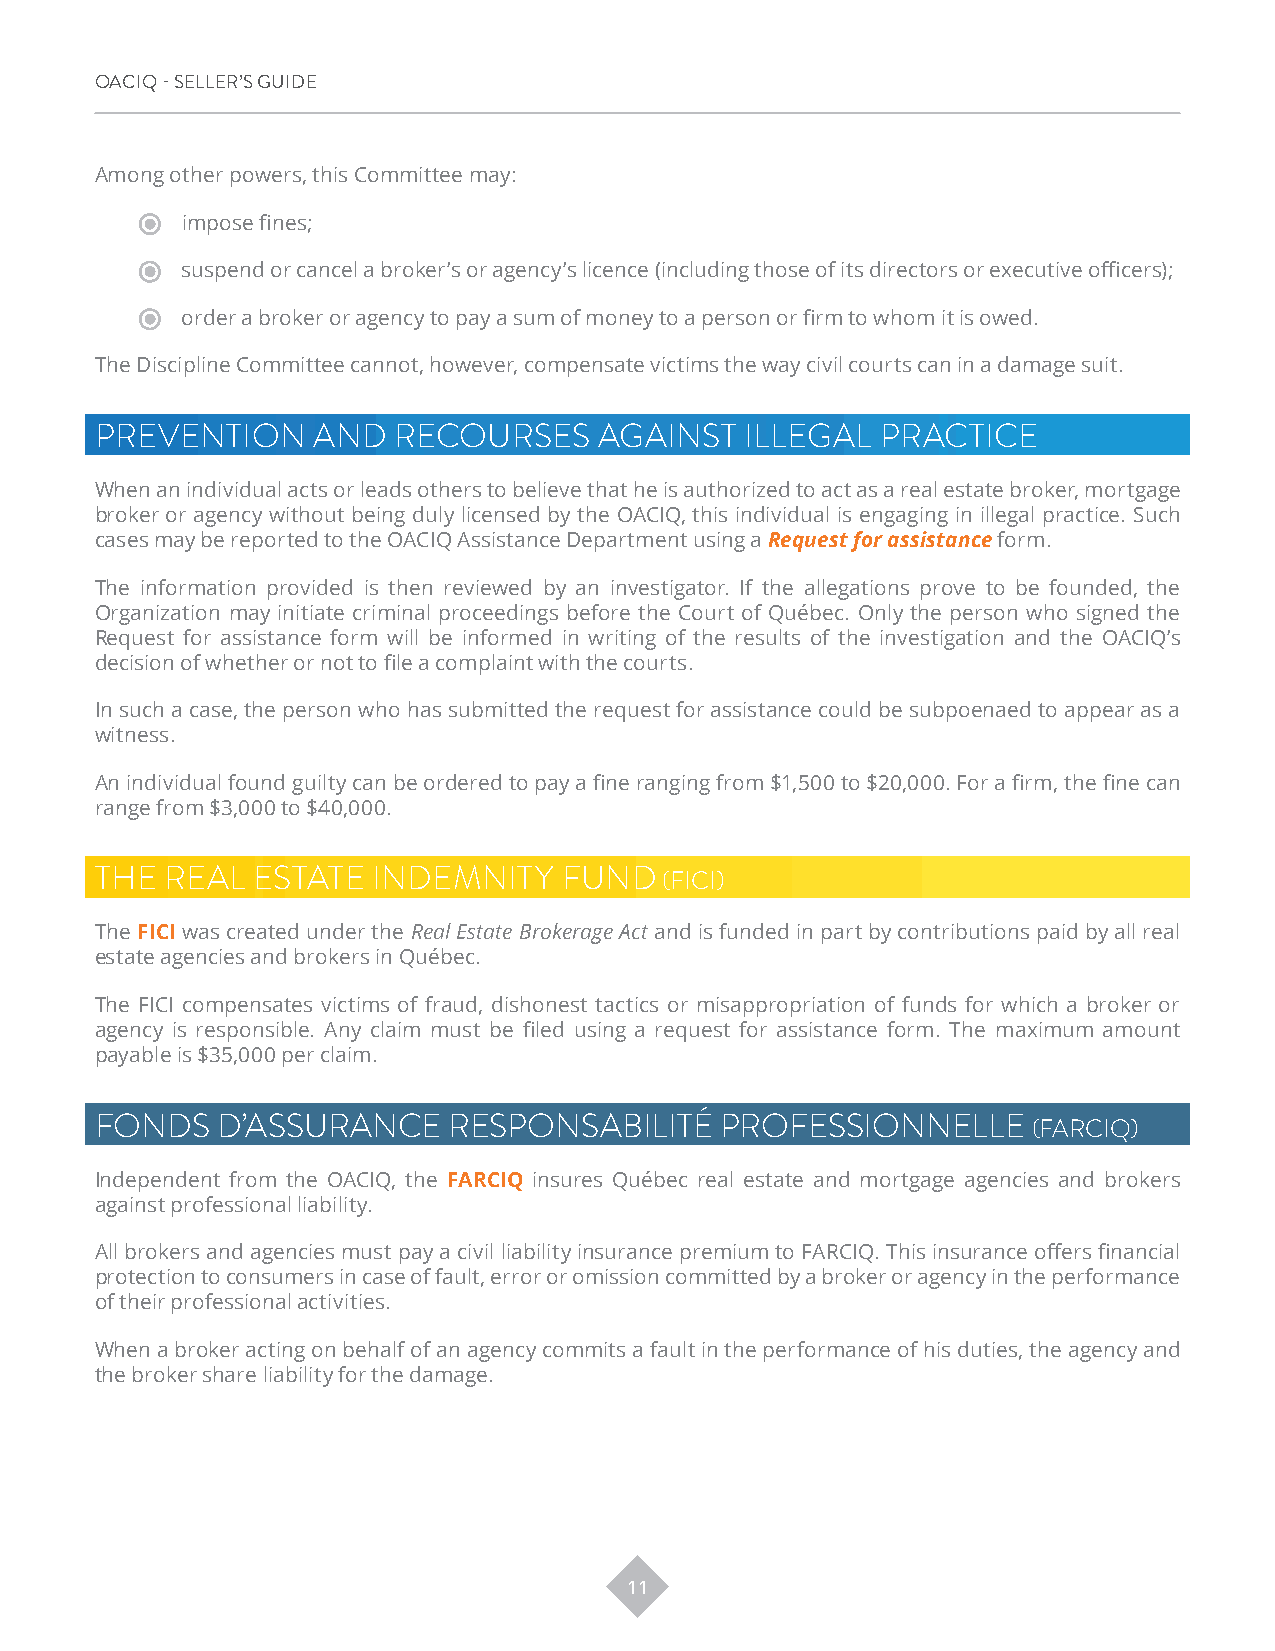
OACIQ - SELLER’S GUIDE
 Among other powers, this Committee may:
 impose fines;
 suspend or cancel a broker’s or agency’s licence (including those of its directors or executive officers);
 order a broker or agency to pay a sum of money to a person or firm to whom it is owed.
 The Discipline Committee cannot, however, compensate victims the way civil courts can in a damage suit.
 PREVENTION     AND  RECOURSES     AGAINST  ILLEGAL  PRACTICE
 When an individual acts or leads others to believe that he is authorized to act as a real estate broker, mortgage
 broker or agency without being duly licensed by the OACIQ, this individual is engaging in illegal practice. Such
 cases may be reported to the OACIQ Assistance Department using a Request for assistance form.
 The information provided is then reviewed by an investigator. If the allegations prove to be founded, the
 Organization may initiate criminal proceedings before the Court of Québec. Only the person who signed the
 Request for assistance form will be informed in writing of the results of the investigation and the OACIQ’s
 decision of whether or not to file a complaint with the courts.
 In such a case, the person who has submitted the request for assistance could be subpoenaed to appear as a
 witness.
 An individual found guilty can be ordered to pay a fine ranging from $1,500 to $20,000. For a firm, the fine can
 range from $3,000 to $40,000.
 THE  REAL  ESTATE  INDEMNITY   FUND   (FICI)
 The FICI was created under the Real Estate Brokerage Act and is funded in part by contributions paid by all real
 estate agencies and brokers in Québec.
 The FICI compensates victims of fraud, dishonest tactics or misappropriation of funds for which a broker or
 agency is responsible. Any claim must be filed using a request for assistance form. The maximum amount
 payable is $35,000 per claim.
 FONDS   D’ASSURANCE     RESPONSABILITÉ    PROFESSIONNELLE     (FARCIQ)
 Independent from the OACIQ, the FARCIQ insures Québec real estate and mortgage agencies and brokers
 against professional liability.
 All brokers and agencies must pay a civil liability insurance premium to FARCIQ. This insurance offers financial
 protection to consumers in case of fault, error or omission committed by a broker or agency in the performance
 of their professional activities.
 When a broker acting on behalf of an agency commits a fault in the performance of his duties, the agency and
 the broker share liability for the damage.
 11